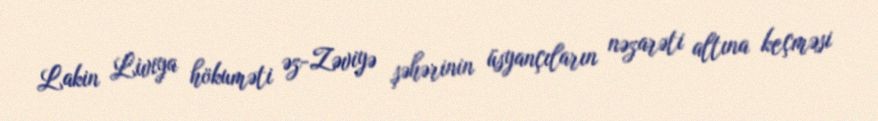
Lakin Liviya hökuməti əz-Zəviyə şəhərinin üsyançıların nəzarəti altına keçməsi